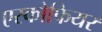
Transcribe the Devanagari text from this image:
एस्कोफियर